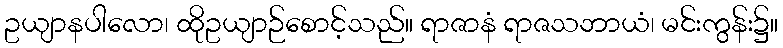
ဥယျာနပါလော၊ ထိုဥယျာဉ်စောင့်သည်။ ရာဇာနံ ရာဇသဘာယံ၊ မင်းကွန်း၌။